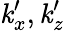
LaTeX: \mathit{k}_{x}^{\prime},\mathit{k}_{z}^{\prime}